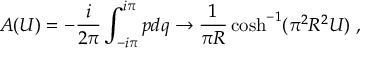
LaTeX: A ( U ) = - { \frac { i } { 2 \pi } } \int _ { - i \pi } ^ { i \pi } p d q \rightarrow { \frac { 1 } { \pi R } } \cosh ^ { - 1 } ( \pi ^ { 2 } R ^ { 2 } U ) \ ,